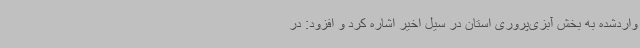
واردشده به بخش آبزی‌پروری استان در سیل اخیر اشاره کرد و افزود: در